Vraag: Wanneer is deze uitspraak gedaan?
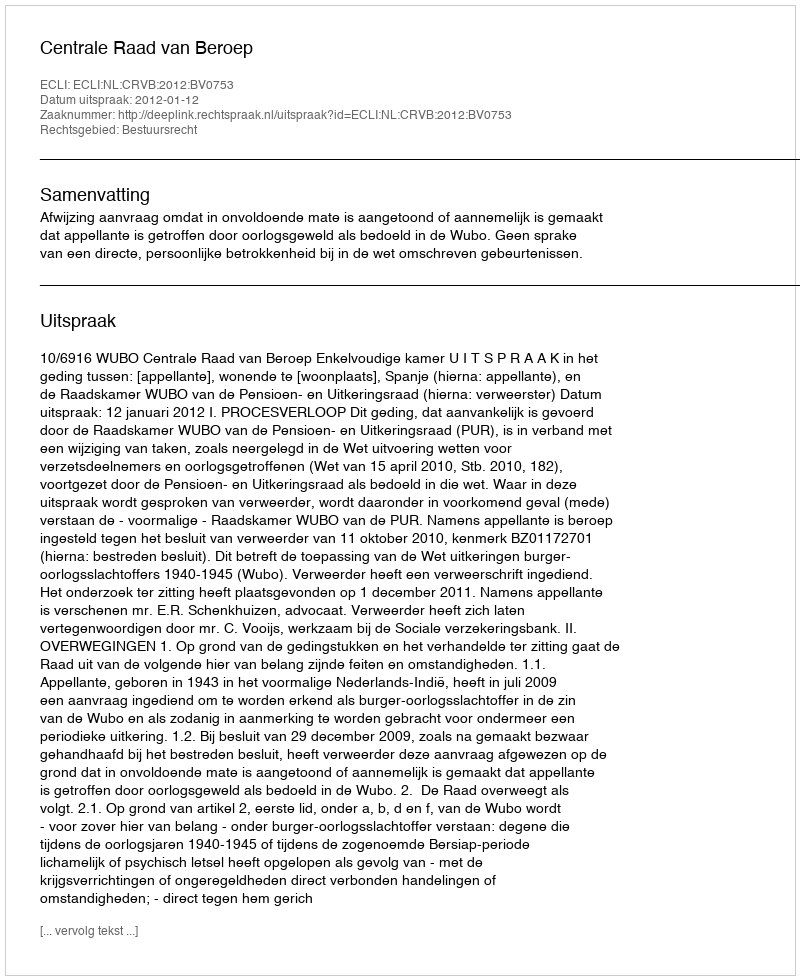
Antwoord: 2012-01-12